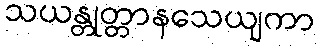
သယန္တုတ္တာနသေယျကာ